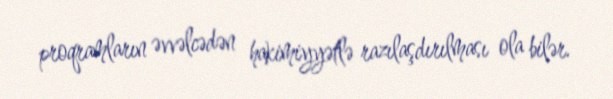
proqramların əvvəlcədən hakimiyyətlə razılaşdırılması ola bilər.